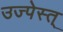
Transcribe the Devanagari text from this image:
उज्पेस्त्